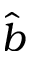
\hat { b }